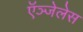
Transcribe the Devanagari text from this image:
ऍञ्जेलेस